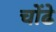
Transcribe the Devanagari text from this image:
चोंढे